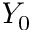
Y _ { 0 }